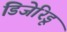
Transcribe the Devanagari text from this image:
डिजेरिडू